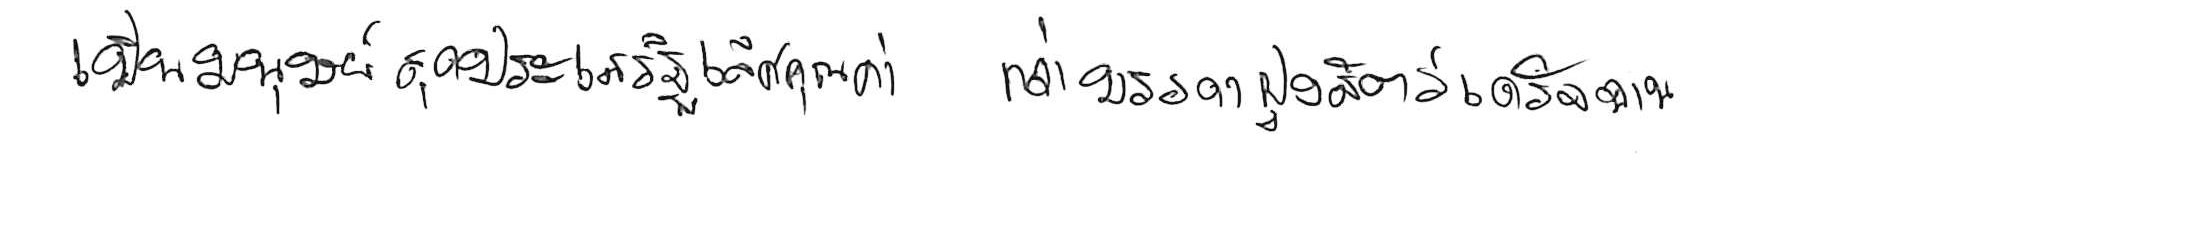
เป็นมนุษย์สุดประเสริฐเลิศคุณค่า กว่าบรรดาฝูงสัตว์เดรัจฉาน